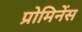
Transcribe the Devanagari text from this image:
प्रोमिनेंस